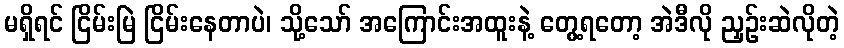
မရှိရင် ငြိမ်းမြဲ ငြိမ်းနေတာပဲ၊ သို့သော် အကြောင်းအထူးနဲ့ တွေ့ရတော့ အဲဒီလို ညှဉ်းဆဲလိုတဲ့